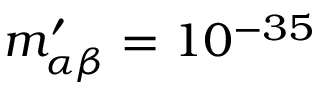
m _ { \alpha \beta } ^ { \prime } = 1 0 ^ { - 3 5 }